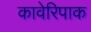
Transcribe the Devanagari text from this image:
कावेरिपाक